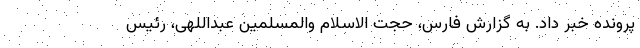
پرونده خبر داد. به گزارش فارس، حجت الاسلام والمسلمین عبداللهی، رئیس